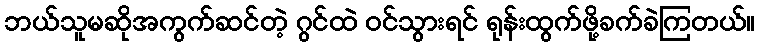
ဘယ်သူမဆိုအကွက်ဆင်တဲ့ ဂွင်ထဲ ဝင်သွားရင် ရုန်းထွက်ဖို့ခက်ခဲကြတယ်။